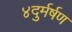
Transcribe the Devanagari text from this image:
४दुर्मर्षण